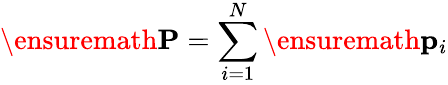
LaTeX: \ensuremath{\mathbf{P}}=\sum_{i=1}^{N}\ensuremath{\mathbf{p}}_{i}